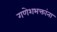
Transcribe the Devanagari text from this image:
गणेशभक्तांना